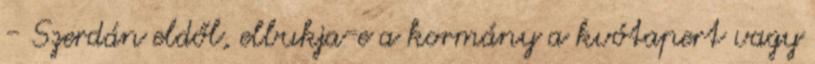
- Szerdán eldől, elbukja-e a kormány a kvótapert vagy